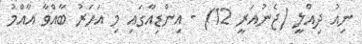
ނިއު ދިއްލީ (ޖެނުއަރީ 12) - އިންޑިއާގައި މި އަހަރު ބާއްވާ އާއްމު